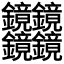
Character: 𰽔